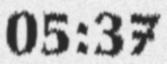
05:37